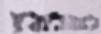
לשלוח